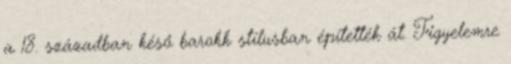
a 18. században késő barokk stílusban építették át. Figyelemre